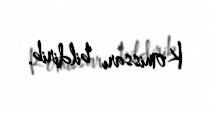
Komissarı bildirib.